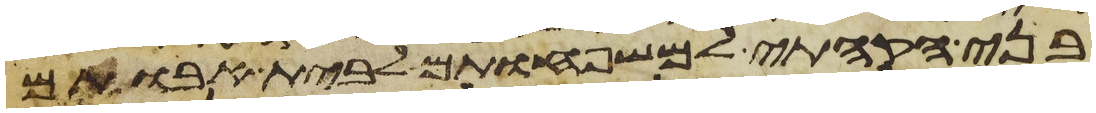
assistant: בני הקהתי למשפחותם לבית אבותם